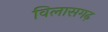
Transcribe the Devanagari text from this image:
विलासगढ़